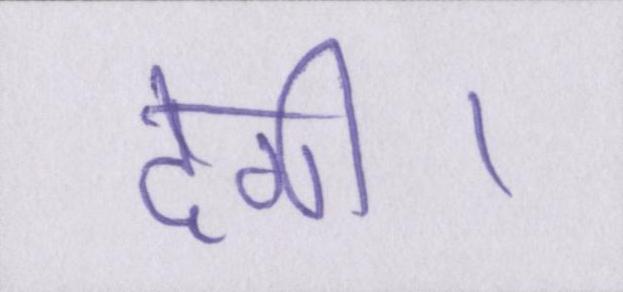
देगी।